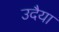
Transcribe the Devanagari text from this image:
उदैया